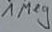
Text: 1Meg